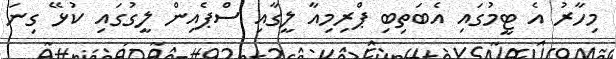
މިހާރު އެ ޓީމުގައި އެބަތިބި ޕްރިމިއާ ލީގާއި ސްޕެއިން ލީގުގައި ކުޅޭ ގިނަ